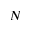
N